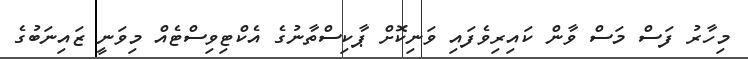
މިހާރު ފަސް މަސް ވާން ކައިރިވެފައި ވަނިކޮށް ޕާކިސްތާނުގެ އެކްޓިވިސްޓެއް މިވަނީ ޒައިނަބުގެ